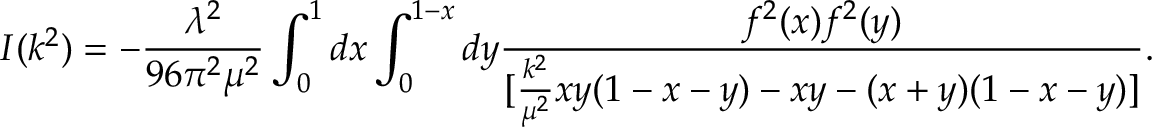
I ( k ^ { 2 } ) = - { \frac { \lambda ^ { 2 } } { 9 6 \pi ^ { 2 } \mu ^ { 2 } } } \int _ { 0 } ^ { 1 } d x \int _ { 0 } ^ { 1 - x } d y { \frac { f ^ { 2 } ( x ) f ^ { 2 } ( y ) } { [ { \frac { k ^ { 2 } } { \mu ^ { 2 } } } x y ( 1 - x - y ) - x y - ( x + y ) ( 1 - x - y ) ] } } .